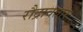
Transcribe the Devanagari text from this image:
रौद्रावतार